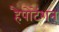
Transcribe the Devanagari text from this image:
हैपोटेंशन